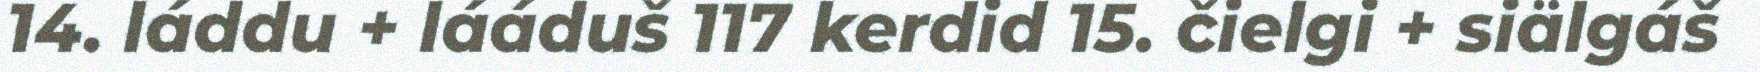
14. láddu + lááduš 117 kerdid 15. čielgi + siälgáš